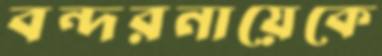
বন্দরনায়েকে